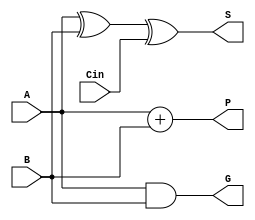
module FA(S,G,P,Cin,A,B);
output S,G,P;//G=A*B, P=A+B
input A,B,Cin;

xor(S,A,B,Cin);

assign G = A & B;
assign P = A + B;

endmodule